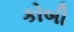
કોબી